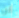
عن